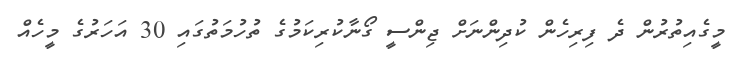
މީގެއިތުރުން ދެ ފިރިހެން ކުދިންނަށް ޖިންސީ ގޯނާކުރިކަމުގެ ތުހުމަތުގައި 30 އަހަރުގެ މީހެއް